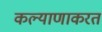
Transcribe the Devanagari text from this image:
कल्याणाकरत